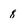
Character: 8